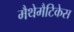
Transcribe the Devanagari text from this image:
मैथेमैटिकेस